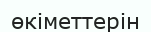
өкіметтерін